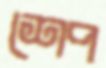
শেপ